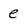
Character: e